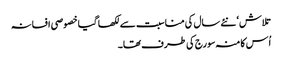
تلاش‘ نئے سال کی مناسبت سے لکھا گیا خصوصی افسانہ
اُس کا منہ سورج کی طرف تھا۔